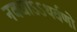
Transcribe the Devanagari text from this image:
नवधाऽऽथर्वणो